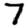
Digit: 7